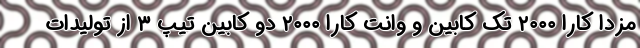
مزدا کارا ۲۰۰۰ تک کابین و وانت کارا ۲۰۰۰ دو کابین تیپ ۳ از تولیدات